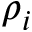
\rho _ { i }